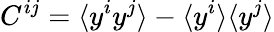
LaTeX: C^{ij}=\langle y^{i}y^{j}\rangle-\langle y^{i}\rangle\langle y^{j}\rangle